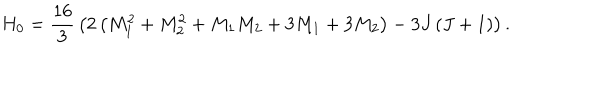
LaTeX: H _ { 0 } = { \frac { 1 6 } { 3 } } \left( 2 \left( M _ { 1 } ^ { 2 } + M _ { 2 } ^ { 2 } + M _ { 1 } M _ { 2 } + 3 M _ { 1 } + 3 M _ { 2 } \right) - 3 J \left( J + 1 \right) \right) .